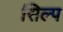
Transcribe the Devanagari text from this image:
सिल्प